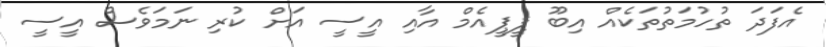
އެފަދަ ތުހުމަތުތަކެއް އިބޫ ޕީޕީއެމް އާއި އީސީ އަށް ކުރި ނަމަވެސް އީސީ